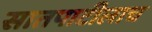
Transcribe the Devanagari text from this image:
सातपाटीलाच